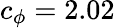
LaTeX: c_{\phi}=2.02